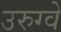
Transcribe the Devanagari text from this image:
उरुग्‍वे